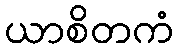
ယာစိတကံ